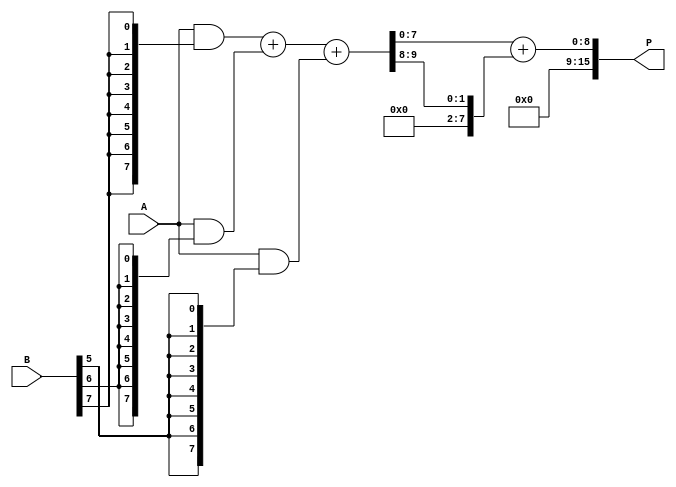
module wallace_tree_multiplier #(parameter N = 8) (
    input wire [N-1:0] A,
    input wire [N-1:0] B,
    output wire [2*N-1:0] P
);

    wire [N-1:0] pp [0:N-1]; // Partial products

    // Generate partial products
    genvar i, j;
    generate
        for (i = 0; i < N; i = i + 1) begin : partial_products
            assign pp[i] = A & {N{B[i]}};
        end
    endgenerate

    // Wallace Tree Reduction
    wire [N-1:0] sum [0:N-1]; // Sums
    wire [N-1:0] carry [0:N-1]; // Carries
    wire [N-1:0] sum_temp [0:N-1]; // Temporary sums
    wire [N-1:0] carry_temp [0:N-1]; // Temporary carries

    // Initial stage: Sum partial products
    assign sum[0] = pp[0];
    assign carry[0] = 0;

    generate
        for (i = 1; i < N; i = i + 1) begin : reduction
            wire [N-1:0] a, b, c;
            assign a = pp[i];
            assign b = (i < N) ? pp[i-1] : 0;
            assign c = (i < N) ? pp[i-2] : 0;
            // Full adder for three inputs
            assign {carry[i], sum[i]} = a + b + c;
        end
    endgenerate

    // Final Addition
    wire [2*N-1:0] final_sum;
    wire [2*N-1:0] final_carry;

    // The last stage of addition
    assign final_sum = sum[N-1] + carry[N-1];

    // Assign final product
    assign P = final_sum;

endmodule